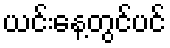
ယင်းနေ့တွင်ပင်